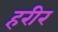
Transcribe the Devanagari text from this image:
हरीर